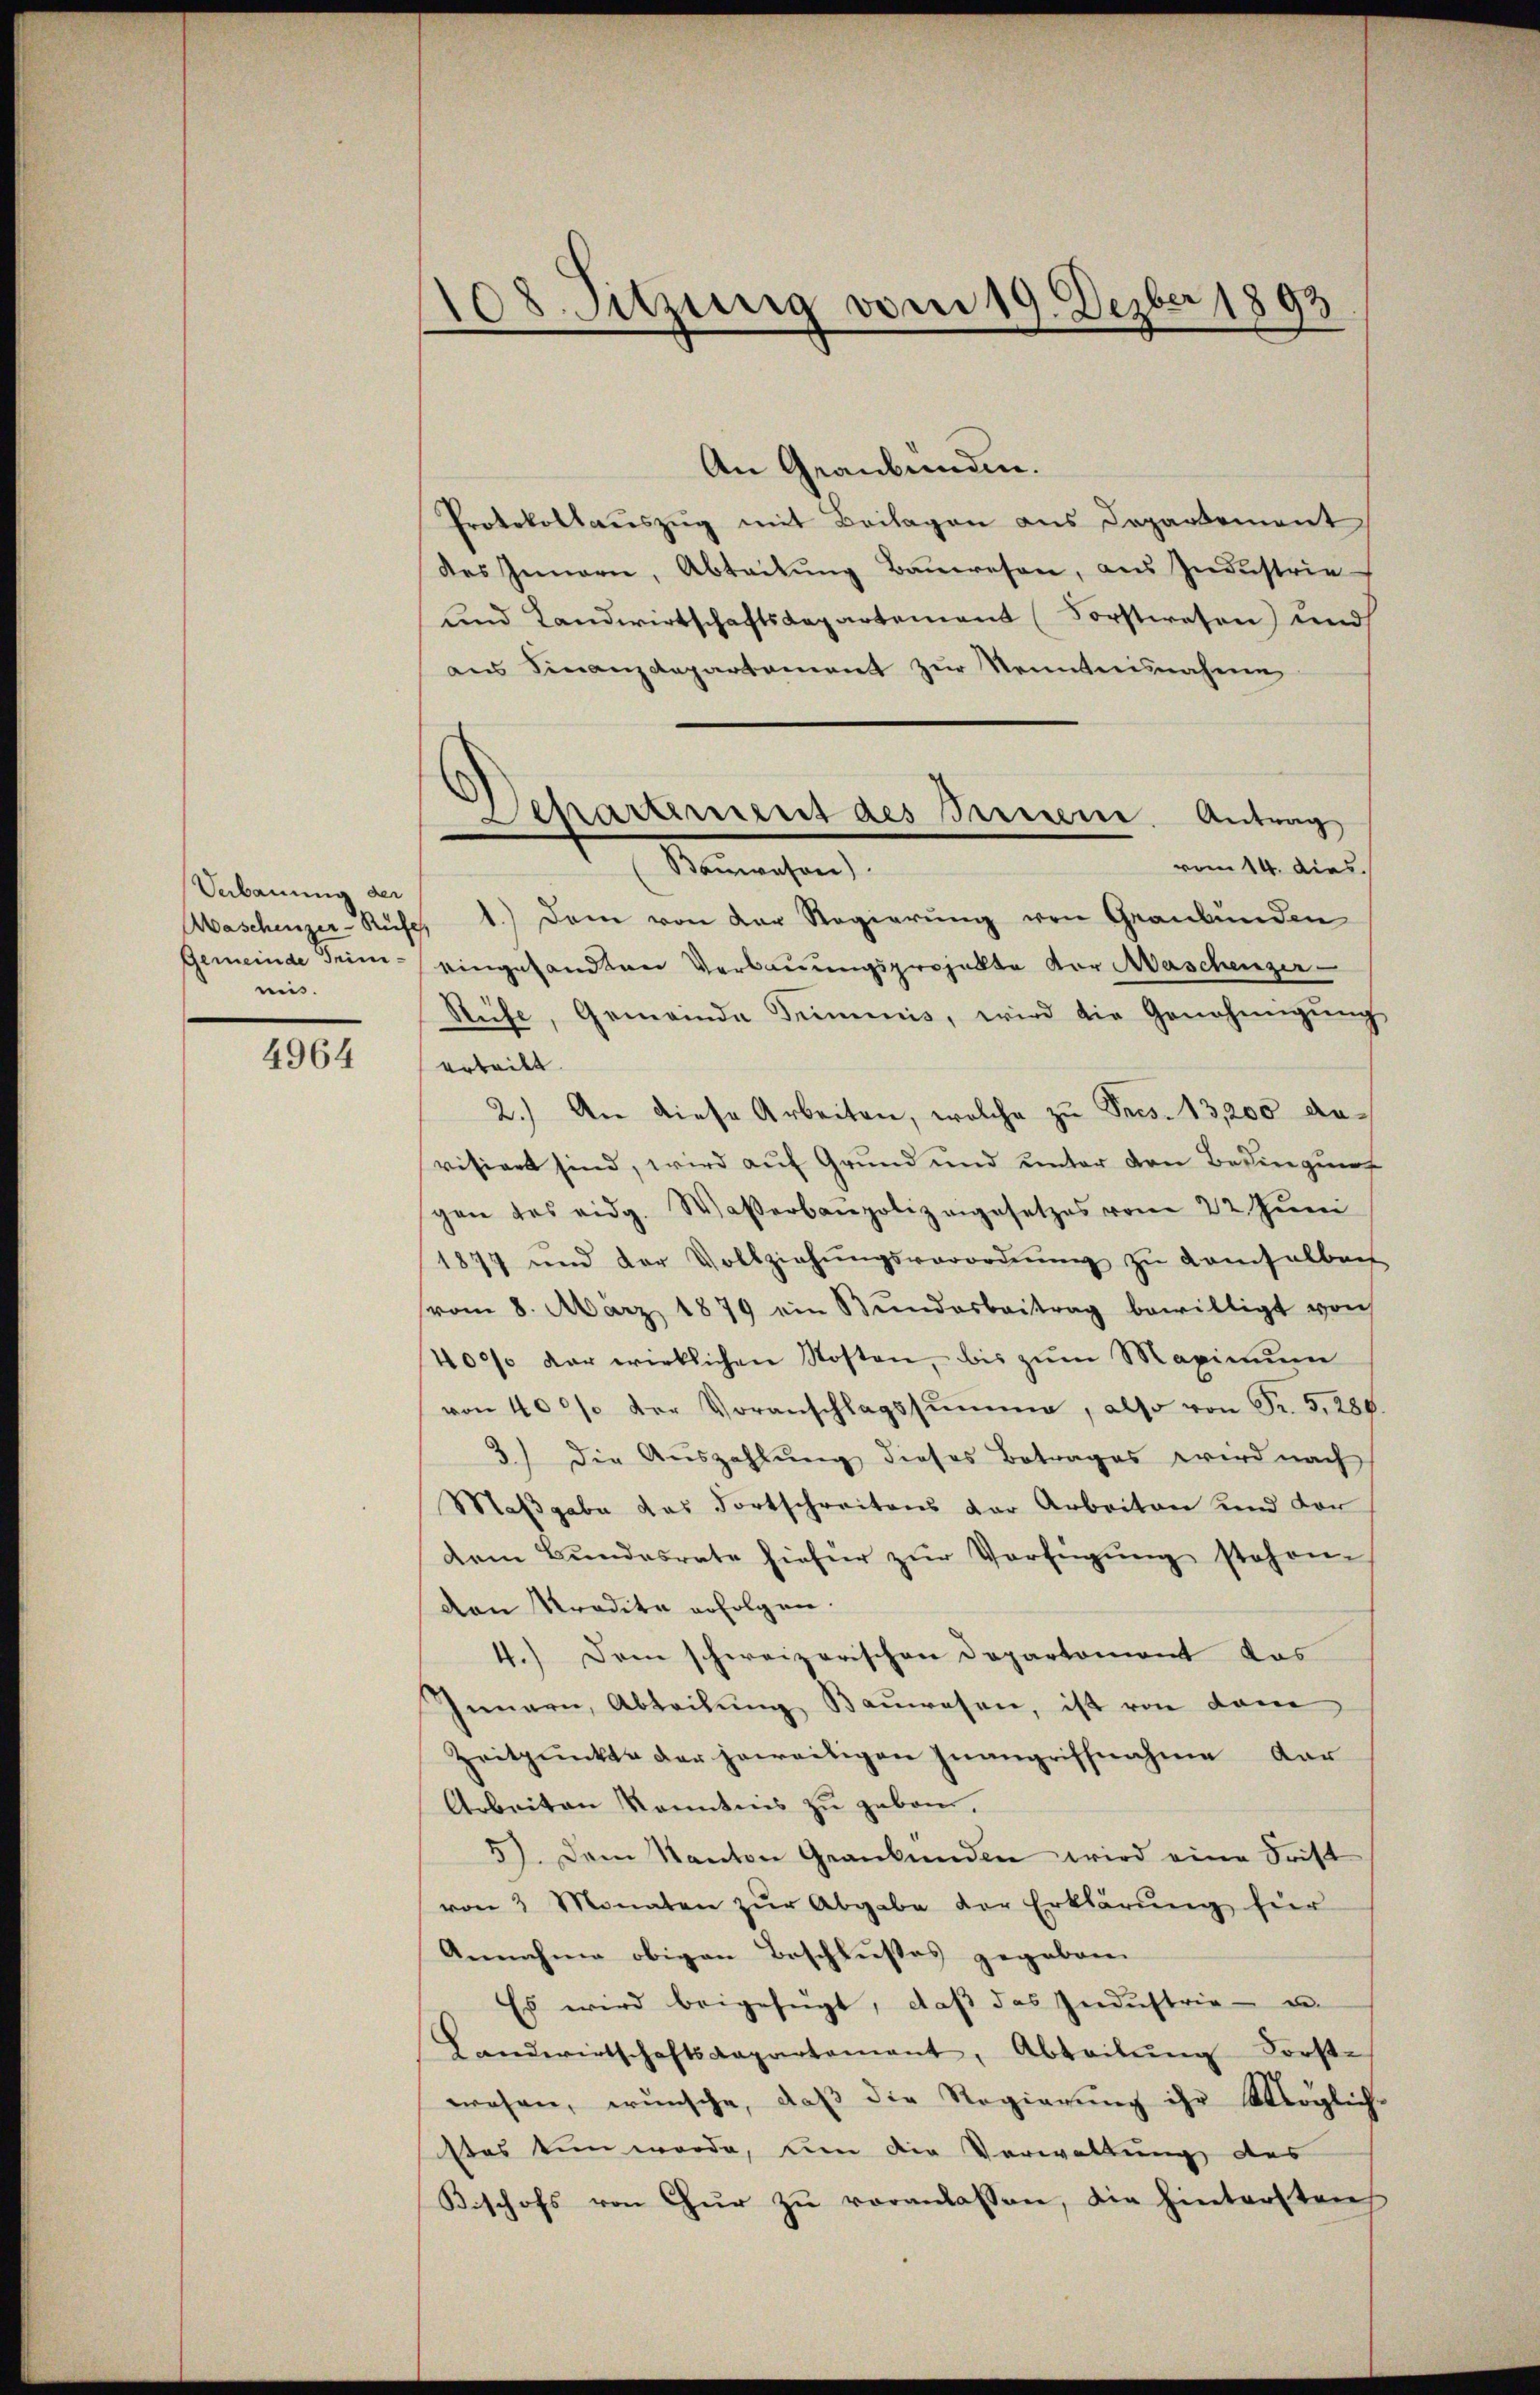
Verbauung der
Gemeinde Trimimiis.

4964

108. Sitzung vom 19. Dezber 1893

Separtement des Surseene Antrag,
Bauwesen)

An Graubünden.
Protokollauszug mit Beilagen aus Departement
des Innern, Abteilung Bauwesen, aus Industrie-
und Landwirtschaftsdepartement (Forstwesen) und
ans Finanzdepartement zur Kenntnisnahme
vom 14. dies.
Aaschenzer-Ruse, 1.) Dem von der Regierung von Graubünden
eingesandten Verbauungsprojekte vor Maschenzer-
Rüfe, Gemeinde Triminis, wird die Genehmigŭng
erteilt.
2.) An diese Arbeiten, welche zu Sees. 13,200 anvisiert sind, wird auf Grund und unter den Bedingung
gen des eidg. Wasserbaupolizangesetzes vom 22. Juni
1877 und der Vollziehŭngsverordnŭng zŭ demselben
vom 8. März 1879 ein Bŭndesbeitrag bewilligt von
400% der wirklichen Kosten, bis zum Maximum
von 400 % der Voranschlagssumme, also von Fr. 5, 280
3) die Aŭszahlŭng dieses Betrages wird nach
Maßgabe das Fortschreitens der Arbeiten und der
dem Bŭndesrate hiefür zŭr Verfügŭng stehen.
den radita erfolgen.
4.) Dem schweizerischen Departement das
Innern, Abteilŭng Bauwesen, ist von dem
Zeitpunkte der jeweitigen Inangriffnahme dar
Arbeiten Kenntnis zu gebon.
5). Dem Kanton Graubünden wird eine Frist
von 3 Monaten zŭr Abgabe der Erklärŭng für
Annahme obigen Beschlußes gegeben.
Es wird beigefügt, daß das Industrie- u.
Landwirtschaftskapartement, Abteilŭng Forst-
r
wesen, wünsche, daβ die Regierŭng ihr Möglich-
stes tun werde, um die Verwaltung des
Bischofs von Chur zu veranlassen, die hintersten